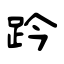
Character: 趻